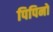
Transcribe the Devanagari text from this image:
पिपिनो